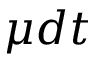
\mu d t